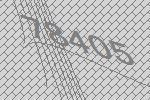
78405